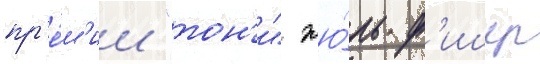
пр'е́м'ии "тон'и" жю́ль ф'ишер